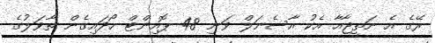
ރޭގެ އެ ނަތީޖާއާ އެކު އާސެނަލް ވަނީ 48 ޕޮއިންޓް ހޯދައިގެން ތާވަލުގެ